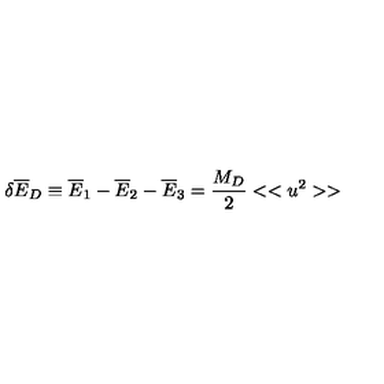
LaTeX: \delta { \overline { E } } _ { D } \equiv { \overline { E } } _ { 1 } - { \overline { E } } _ { 2 } - { \overline { E } _ { 3 } } = { \frac { M _ { D } } { 2 } } < < u ^ { 2 } > >